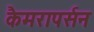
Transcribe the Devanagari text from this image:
कैमरापर्सन